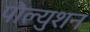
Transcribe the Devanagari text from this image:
पौल्युशन